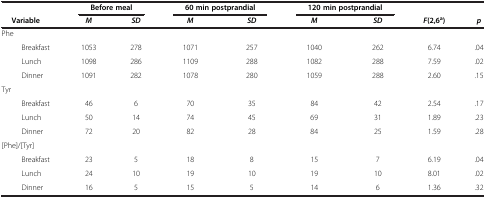
<table><thead><tr><td><b> </b></td><td colspan="2"><b>Before meal</b></td><td colspan="2"><b>60 min postprandial</b></td><td colspan="2"><b>120 min postprandial</b></td><td><b> </b></td><td><b> </b></td></tr><tr><td><b> Variable</b></td><td><b><i>M</i></b></td><td><b><i>SD</i></b></td><td><b><i>M</i></b></td><td><b><i>SD</i></b></td><td><b><i>M</i></b></td><td><b><i>SD</i></b></td><td><b><i>F</i>(2,6<sup>a</sup>)</b></td><td><b><i>p</i></b></td></tr></thead><tbody><tr><td>Phe</td><td> </td><td> </td><td> </td><td> </td><td> </td><td> </td><td> </td><td> </td></tr><tr><td>Breakfast</td><td>1053</td><td>278</td><td>1071</td><td>257</td><td>1040</td><td>262</td><td>6.74</td><td>.04</td></tr><tr><td>Lunch</td><td>1098</td><td>286</td><td>1109</td><td>288</td><td>1082</td><td>288</td><td>7.59</td><td>.02</td></tr><tr><td>Dinner</td><td>1091</td><td>282</td><td>1078</td><td>280</td><td>1059</td><td>288</td><td>2.60</td><td>.15</td></tr><tr><td>Tyr</td><td> </td><td> </td><td> </td><td> </td><td> </td><td> </td><td> </td><td> </td></tr><tr><td>Breakfast</td><td>46</td><td>6</td><td>70</td><td>35</td><td>84</td><td>42</td><td>2.54</td><td>.17</td></tr><tr><td>Lunch</td><td>50</td><td>14</td><td>74</td><td>45</td><td>69</td><td>31</td><td>1.89</td><td>.23</td></tr><tr><td>Dinner</td><td>72</td><td>20</td><td>82</td><td>28</td><td>84</td><td>25</td><td>1.59</td><td>.28</td></tr><tr><td>[Phe]/[Tyr]</td><td> </td><td> </td><td> </td><td> </td><td> </td><td> </td><td> </td><td> </td></tr><tr><td>Breakfast</td><td>23</td><td>5</td><td>18</td><td>8</td><td>15</td><td>7</td><td>6.19</td><td>.04</td></tr><tr><td>Lunch</td><td>24</td><td>10</td><td>19</td><td>10</td><td>19</td><td>10</td><td>8.01</td><td>.02</td></tr><tr><td>Dinner</td><td>16</td><td>5</td><td>15</td><td>5</td><td>14</td><td>6</td><td>1.36</td><td>.32</td></tr></tbody></table>